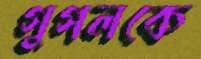
গুগলকে